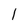
Character: 1